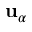
\mathbf { u } _ { \alpha }